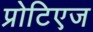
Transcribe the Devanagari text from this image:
प्रोटिएज